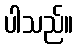
ပါသည်။